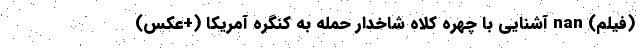
(فیلم) nan آشنایی با چهره کلاه شاخدار حمله به کنگره آمریکا (+عکس)